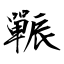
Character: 辴